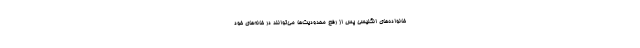
خانواده‌های انگلیسی پس از رفع محدودیت‌ها می‌توانند در خانه‌های خود